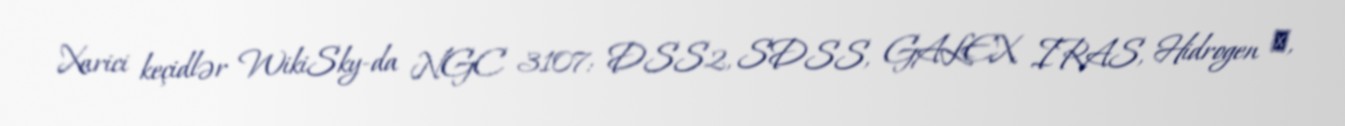
Xarici keçidlər WikiSky-da NGC 3107: DSS2, SDSS, GALEX, IRAS, Hidrogen α,